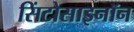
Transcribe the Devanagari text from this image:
सिंटोसाइनॉन